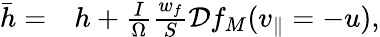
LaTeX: \begin{array}{rl}{\bar{h}=}&{{}h+\frac{I}{\Omega}\frac{w_{f}}{S}\mathcal{D}f_{M}(v_{\parallel}=-u),}\end{array}